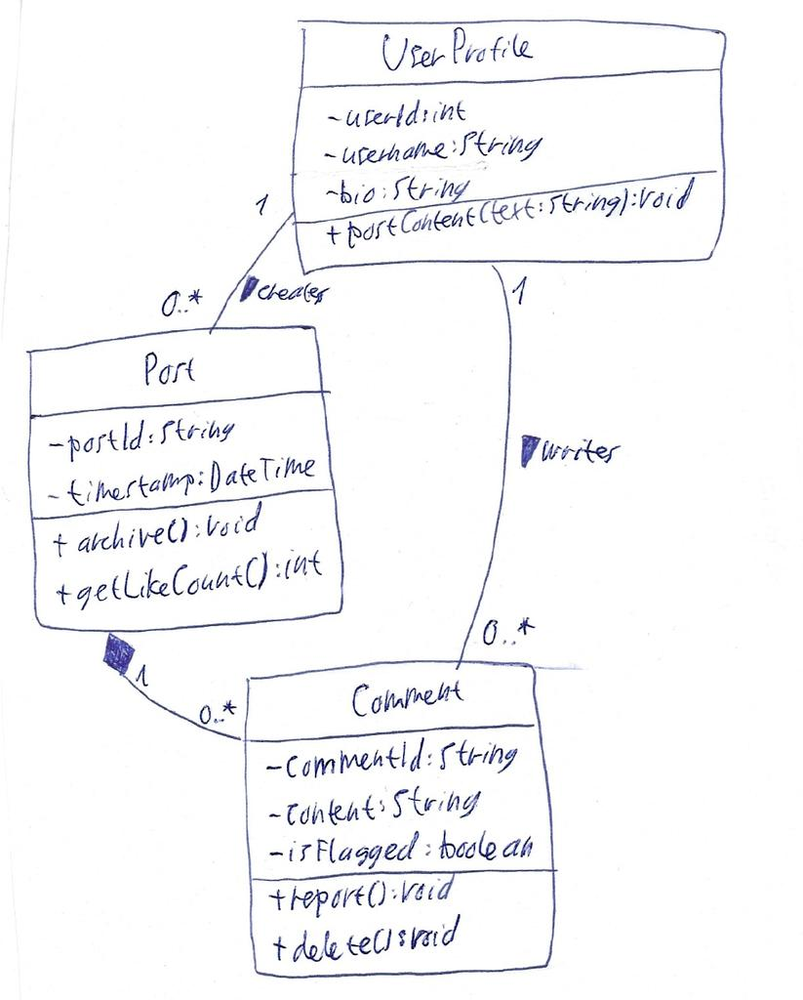
Diagram type: class_diagram
```plantuml
@startuml

class UserProfile {
    - userId: int
    - username: String
    - bio: String
    + postContent(text: String): void
}

class Post {
    - postId: String
    - timestamp: DateTime
    + archive(): void
    + getLikeCount(): int
}

class Comment {
    - commentId: String
    - content: String
    - isFlagged: boolean
    + report(): void
    + delete(): void
}

UserProfile "1" -- "0..*" Post : creates >
Post "1" *-- "0..*" Comment
UserProfile "1" -- "0..*" Comment : writes >

@enduml
```